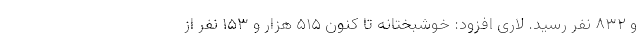
و ۸۳۲ نفر رسید. لاری افزود: خوشبختانه تا کنون ۵۱۵ هزار و ۱۵۳ نفر از